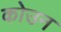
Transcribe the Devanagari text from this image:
कोउन